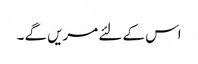
اس کے لئے مریں گے ۔